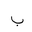
Letter: _ba